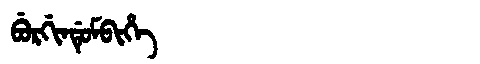
Manchu: ᠪᡠᡵᡤᡳᠨᡩᡠᠮᠪᡳᡥᡝ
Romanization: BURGINDUMBIHE